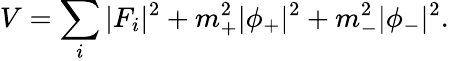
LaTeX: V=\sum_{i}|F_{i}|^{2}+m_{+}^{2}|\phi_{+}|^{2}+m_{-}^{2}|\phi_{-}|^{2}.